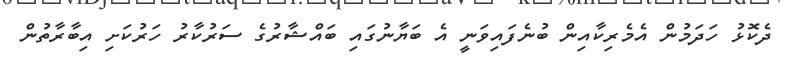
ދެކޮޅު ހަދަމުން އެމެރިކާއިން ބުނެފައިވަނީ އެ ބަޔާނުގައި ބައްޝާރުގެ ސަރުކާރު ހަރުކަށި އިބާރާތުން